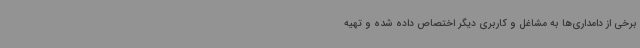
برخی از دامداری‌ها به مشاغل و کاربری دیگر اختصاص داده شده و تهیه